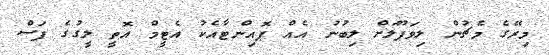
މިރޭގެ މެޗުން ލިވަޕޫލަށް ލިބުނު އެއް ޕޮއިންޓާއެކު އެޓީމް އޮތީ ލީގުގެ ފަސް